画像に写った文字を読んでください
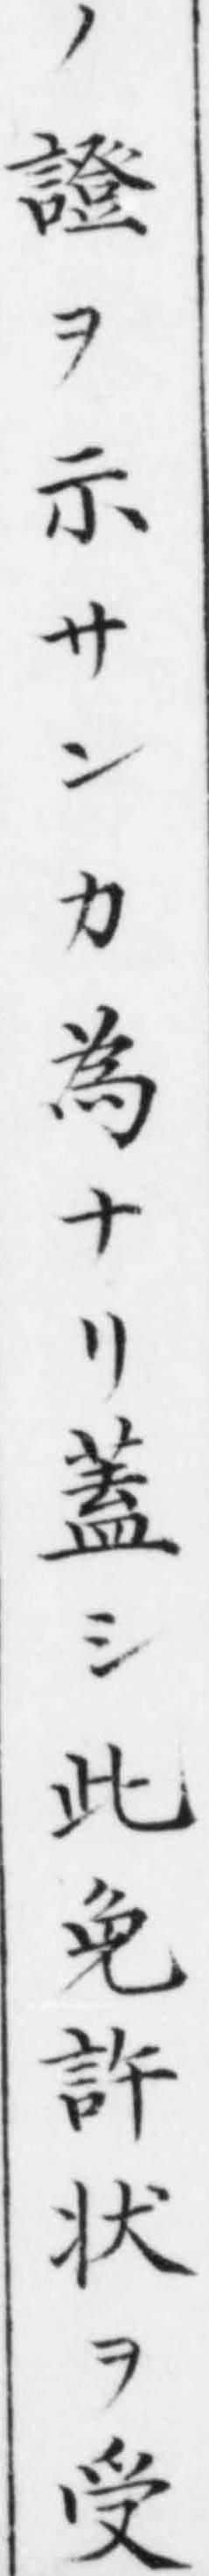
「ノ證ヲ示サンカ為ナリ蓋シ此免許状ヲ受」と書いてあります